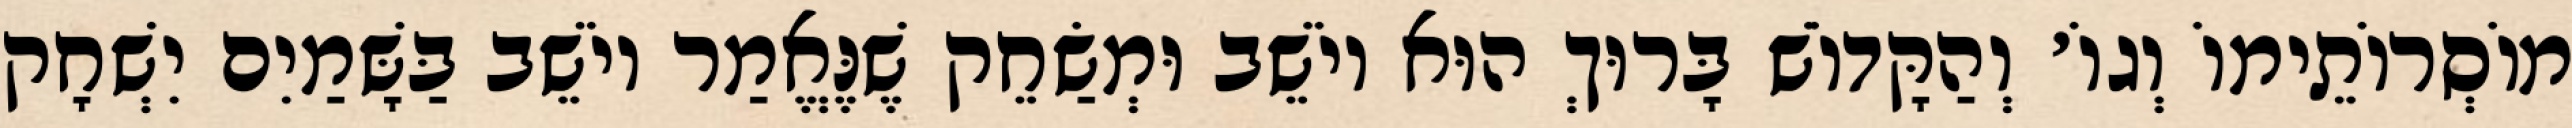
מוֹסְרוֹתֵימוֹ וְגוֹ׳ וְהַקָּדוֹשׁ בָּרוּךְ הוּא יוֹשֵׁב וּמְשַׂחֵק שֶׁנֶּאֱמַר יוֹשֵׁב בַּשָּׁמַיִם יִשְׁחָק